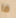
ما